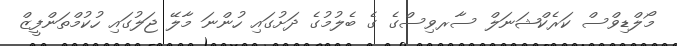
މޯލްޑިވްސް ކަރެކްޝަނަލް ސާރވިސްގެ ގެ ބެލުމުގެ ދަށުގައި ހުންނަ މާލޭ ޖަލުގައި ހުކުމްތަންފީޒް